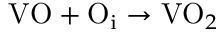
\mathrm { V O } + \mathrm { O } _ { \mathrm { i } } \to \mathrm { V O } _ { 2 }